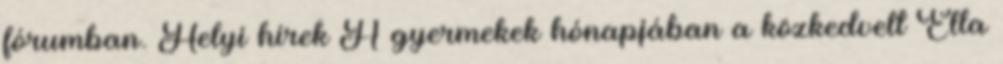
fórumban. Helyi hírek A gyermekek hónapjában a közkedvelt Ella